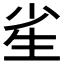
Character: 𰢫